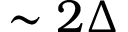
\sim 2 \Delta